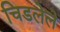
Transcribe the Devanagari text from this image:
चिडलेले